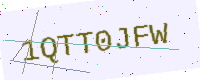
Text: 1QTT0JFW